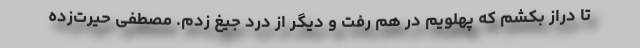
تا دراز بکشم که پهلویم در هم رفت و دیگر از درد جیغ زدم. مصطفی حیرت‌زده